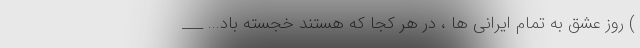
) روز عشق به تمام ایرانی ها ، در هر کجا که هستند خجسته باد... ___